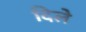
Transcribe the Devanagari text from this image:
दिलेे